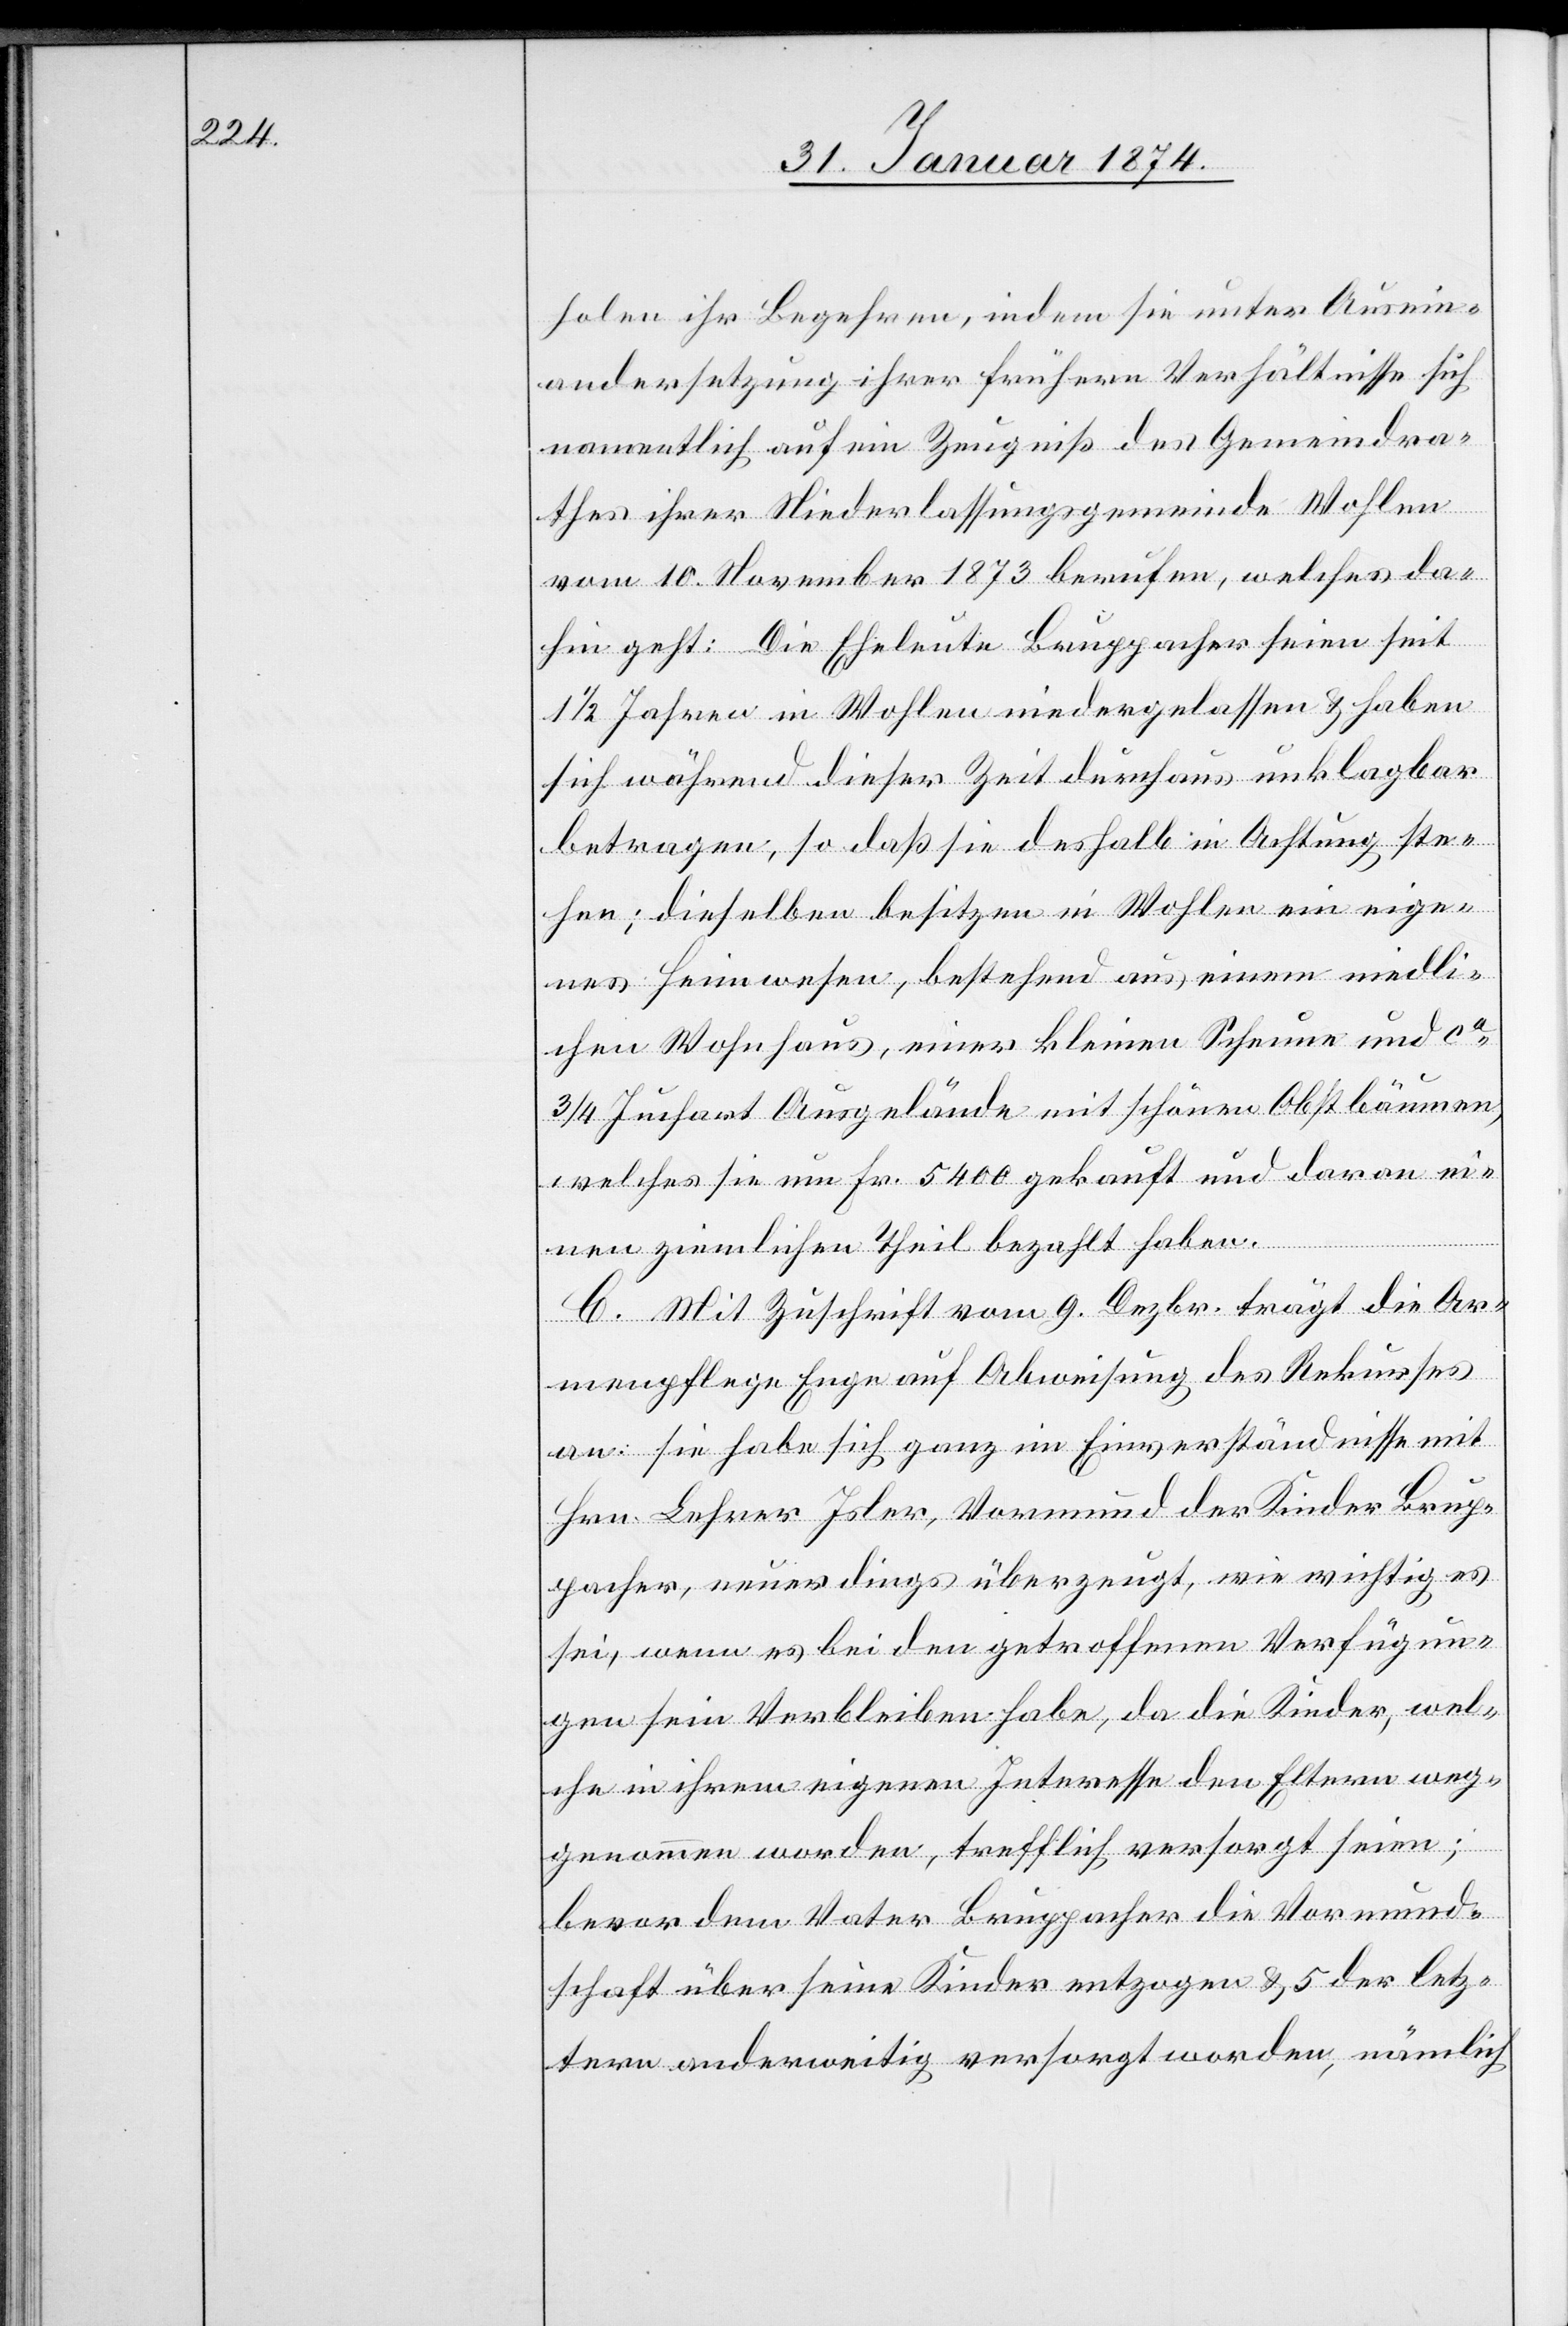
holen ihr Begehren, indem sie unter Ausein¬
andersetzung ihrer frühern Verhältnisse sich
namentlich auf ein Zeugniß des Gemeindra¬
thes ihrer Niederlassungsgemeinde Wohlen
vom 10. November 1873 berufen, welches da¬
hin geht: Die Eheleute Bruppacher seien seit
1/2 Jahren in Wohlen niedergelassen & haben
sich während dieser Zeit durchaus unklagbar
betragen, so daß sie deshalb in Achtung ste¬
hen; dieselben besitzen in Wohlen ein eige¬
nes Heimwesen, bestehend aus einem niedli¬
chen Wohnhaus, einer kleinen Scheune und ca
3/4 Juchart Ausgelände mit schönen Obstbäumen,
welches sie um Fr. 5400 gekauft und daran ei¬
nen ziemlichen Theil bezahlt haben.
C. Mit Zuschrift vom 9. Dezbr. trägt die Ar¬
menpflege Enge auf Abweisung des Rekurses
an: sie habe sich ganz im Einverständnisse mit
Hrn. Lehrer Isler, Vormund der Kinder Brup¬
pacher, neuerdings überzeugt, wie richtig es
sei, wenn es bei den getroffenen Verfügun¬
gen sein Verbleiben habe, da die Kinder, wel¬
che in ihrem eigenen Interesse den Eltern weg¬
genommen worden, trefflich versorgt seien;
bevor dem Vater Bruppacher die Vormund¬
schaft über seine Kinder entzogen & 5 der letz¬
tern anderweitig versorgt worden, nämlich